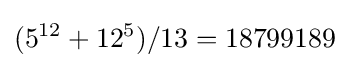
(5^{12}+12^{5})/13=18799189